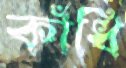
কাঁধি